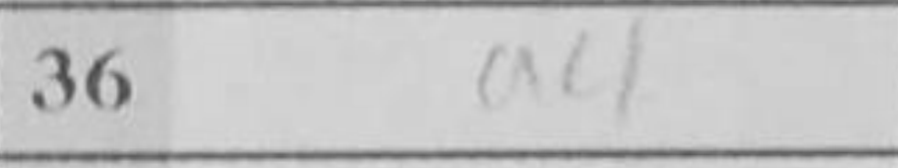
Transcription: a4